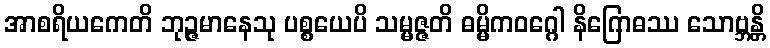
အာစရိယကေတိ ဘုဉ္ဇမာနေသု ပစ္စယေပိ သမ္မဇ္ဇတိ ဓမ္မိကဝဂ္ဂေါ နိဂြောဓဿ သောဗ္ဘန္တိ